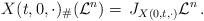
LaTeX: \begin{align*}\,X(t,0,\cdot)_\#(\mathcal L^n)=\,J_{X(0,t,\cdot)}\mathcal L^n\,.\end{align*}